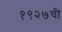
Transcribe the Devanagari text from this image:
१९२७ची